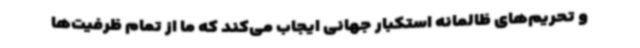
و تحریم‌های ظالمانه استکبار جهانی ایجاب می‌کند که ما از تمام ظرفیت‌ها